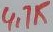
Text: 4,7K